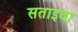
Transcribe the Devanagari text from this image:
सताइवा